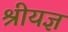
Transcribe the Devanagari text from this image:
श्रीयज्ञ